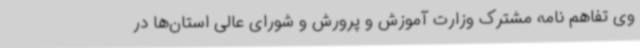
وی تفاهم نامه مشترک وزارت آموزش و پرورش و شورای عالی استان‌ها در